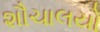
શૌચાલયો